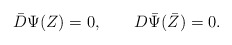
\begin{align*}\bar D\Psi(Z)=0, \qquad D\bar\Psi(\bar Z)=0.\end{align*}